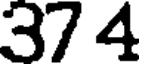
37 4